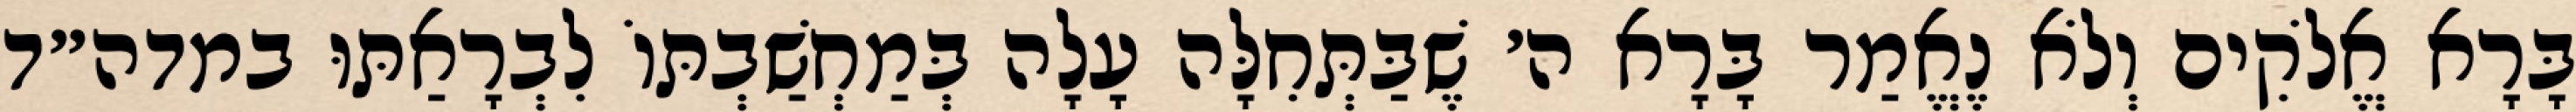
בָּרָא אֱלֹקִים וְלֹא נֶאֱמַר בָּרָא ה׳ שֶׁבַּתְּחִלָּה עָלָה בְּמַחְשַׁבְתּוֹ לִבְרָאַתּוּ במדה״ד